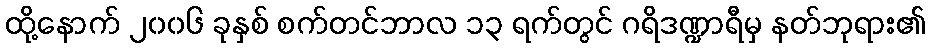
ထို့နောက် ၂၀၀၆ ခုနှစ် စက်တင်ဘာလ ၁၃ ရက်တွင် ဂရိဒဏ္ဍာရီမှ နတ်ဘုရား၏